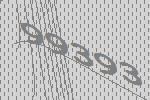
99393